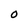
Character: 0